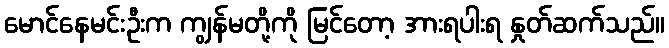
မောင်နေမင်းဦးက ကျွန်မတို့ကို မြင်တော့ အားရပါးရ နှုတ်ဆက်သည်။